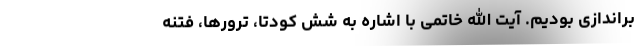
براندازی بودیم. آیت الله خاتمی با اشاره به شش کودتا، ترورها، فتنه